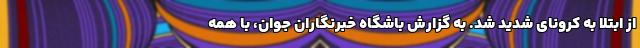
از ابتلا به کرونای شدید شد. به گزارش باشگاه خبرنگاران جوان، با همه